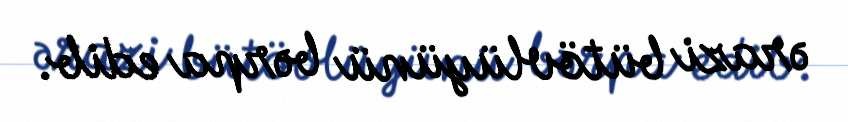
ərazi bütövlüyünü bərpa edib.